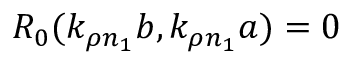
R _ { 0 } ( k _ { \rho n _ { 1 } } b , k _ { \rho n _ { 1 } } a ) = 0